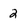
Character: 2